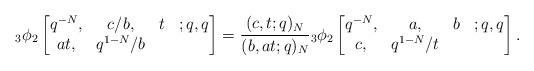
LaTeX: \begin{align*}{}_3\phi_2\begin{bmatrix}q^{-N},&c/b,& t& ;q,q\\at,&q^{1-N}/b\end{bmatrix}=\frac{(c,t;q)_N}{(b, at; q)_N}{}_3\phi_2\begin{bmatrix}q^{-N},&a,& b& ;q,q\\c,&q^{1-N}/t\end{bmatrix}.\end{align*}